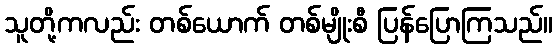
သူတို့ကလည်း တစ်ယောက် တစ်မျိုးစီ ပြန်ပြောကြသည်။